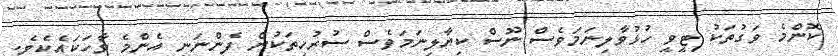
ކޮންމެ ވަގުތަކު ޓީވީ ހުޅުވާލިނަމަވެސް ނޫސް ކިޔާލިނަމަވެސް ސުރުހީތަކުން ފެންނަނީ އެންމެ ވާހަކައެކެވެ.